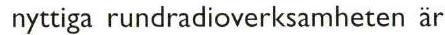
 nyttiga rundradioverksamheten är